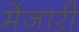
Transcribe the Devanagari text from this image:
मेंजारी